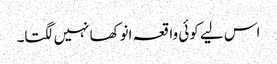
اس لیے کوئی واقعہ انوکھا نہیں لگتا۔